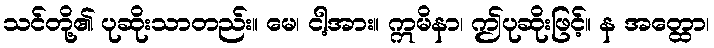
သင်တို့၏ ပုဆိုးသာတည်း။ မေ၊ ငါ့အား။ ဣမိနာ၊ ဤပုဆိုးဖြင့်။ န အတ္ထော၊